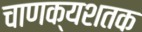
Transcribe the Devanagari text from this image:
चाणक्यशतक